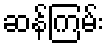
ဆန်ကြမ်း